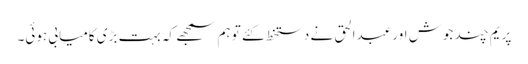
پریم چند جوش اور عبدالحق نے دستخط کئے تو ہم سمجھے کہ بہت بڑی کامیابی ہوئی۔